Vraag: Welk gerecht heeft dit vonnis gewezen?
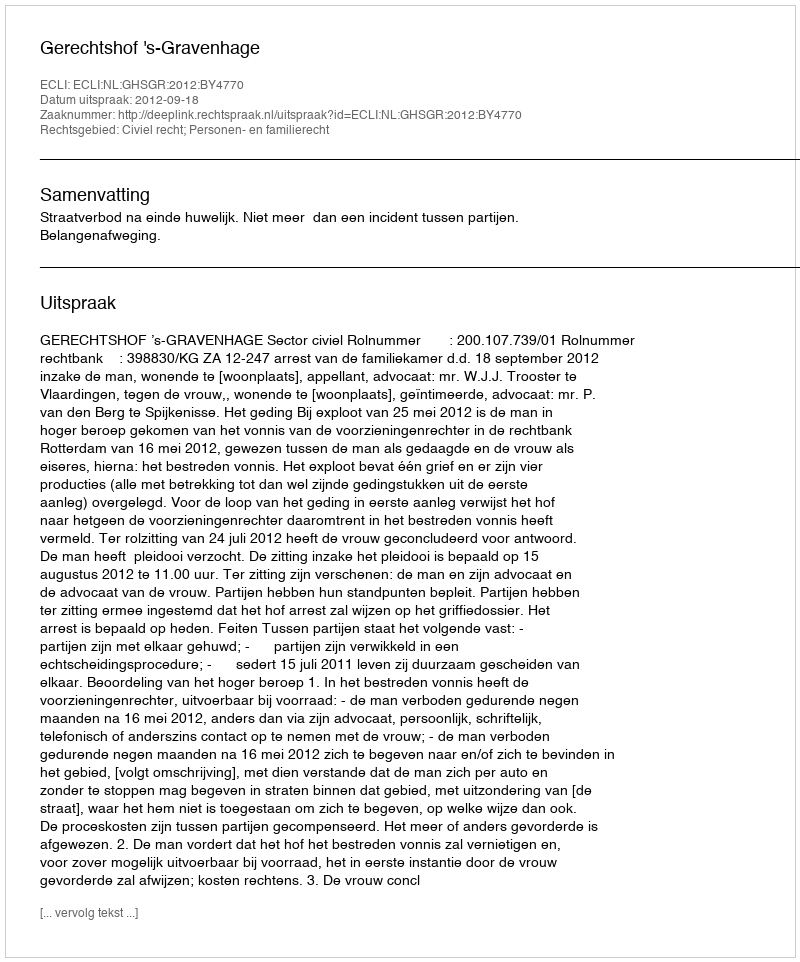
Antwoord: Gerechtshof 's-Gravenhage